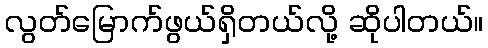
လွတ်မြောက်ဖွယ်ရှိတယ်လို့ ဆိုပါတယ်။